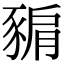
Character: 𧱚